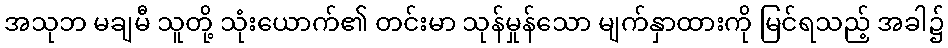
အသုဘ မချမီ သူတို့ သုံးယောက်၏ တင်းမာ သုန်မှုန်သော မျက်နှာထားကို မြင်ရသည့် အခါ၌